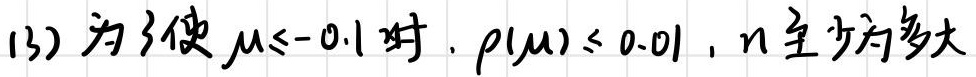
(3) 为了使 $\mu \leq -0.1$ 时，$p(\mu) \leq 0.01$，$n$ 至少为多大